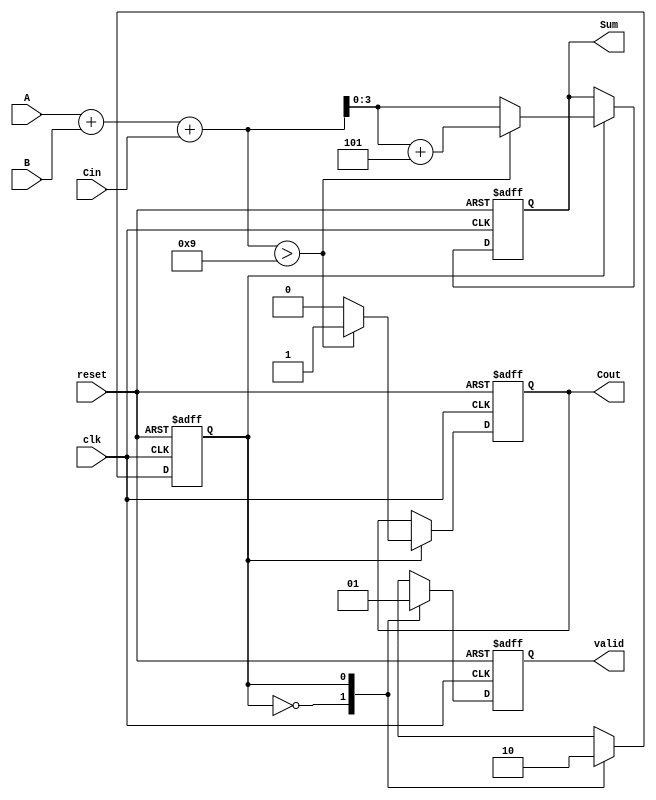
module BCD_Sequential_Adder (
    input [3:0] A,         // First BCD digit
    input [3:0] B,         // Second BCD digit
    input Cin,             // Carry-in from previous digit
    input clk,             // Clock signal
    input reset,           // Reset signal
    output reg [3:0] Sum,  // BCD result
    output reg Cout,       // Carry-out for next digit
    output reg valid       // Valid output signal
);

    reg [4:0] temp_sum;    // Temporary sum to hold the result of A + B + Cin
    reg state;             // Current state of the adder

    // State definitions
    localparam IDLE = 1'b0;
    localparam ADD = 1'b1;

    // Sequential logic
    always @(posedge clk or posedge reset) begin
        if (reset) begin
            Sum <= 4'b0000;
            Cout <= 1'b0;
            valid <= 1'b0;
            state <= IDLE;
        end else begin
            case (state)
                IDLE: begin
                    // Move to the ADD state
                    state <= ADD;
                    valid <= 1'b0; // Not valid until the addition is done
                end

                ADD: begin
                    // Perform BCD addition
                    temp_sum = A + B + Cin;

                    // Check if correction is needed
                    if (temp_sum > 9) begin
                        temp_sum = temp_sum + 5; // Add 6 (0110) to the sum
                        Cout <= 1'b1; // Set carry-out
                    end else begin
                        Cout <= 1'b0; // No carry-out
                    end

                    // Assign the valid BCD result
                    Sum <= temp_sum[3:0]; // Take only the lower 4 bits
                    valid <= 1'b1; // Indicate that the result is valid

                    // Go back to IDLE state
                    state <= IDLE;
                end

                default: begin
                    // Default state
                    state <= IDLE;
                end
            endcase
        end
    end
endmodule